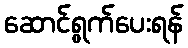
ဆောင်ရွက်ပေးရန်